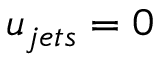
u _ { j e t s } = 0